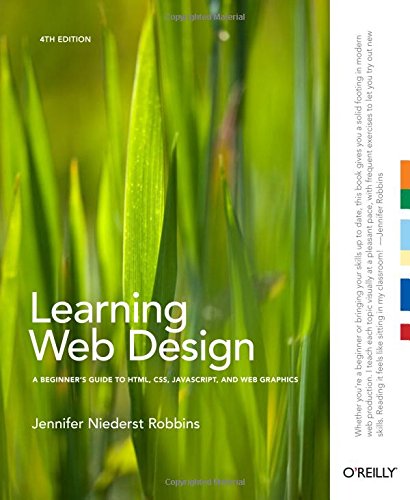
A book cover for Learning Web Design: A Beginner's Guide to HTML, CSS, JavaScript, and Web Graphics; Jennifer Niederst Robbins; Computers & Technology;